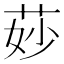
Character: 𦯷